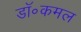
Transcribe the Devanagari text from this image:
डॉ॰कमल